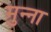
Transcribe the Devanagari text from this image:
मुन्‍ना